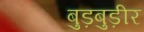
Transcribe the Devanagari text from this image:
बुड़बुड़ीर